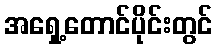
အရှေ့တောင်ပိုင်းတွင်